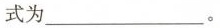
式为___。